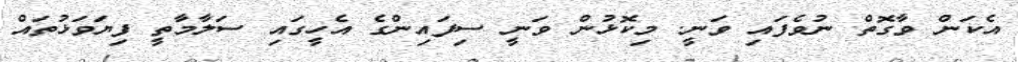
އެކަން ވާގޮތް ނުވެފައި ވަނީ. މިކޮޅުން ވަނީ ސިފައިންގެ އެހީގައި ސަލާމާތީ ފިޔަވަޅުތައް